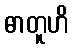
ဓာတူဟိ